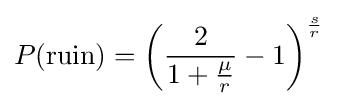
P(\mathrm {ruin} )=\left({\frac {2}{1+{\frac {\mu }{r}}}}-1\right)^{\frac {s}{r}}